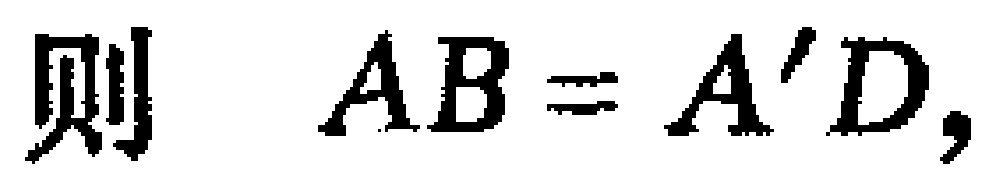
则 \(AB = A^{\prime}D,\)